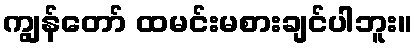
ကျွန်တော် ထမင်းမစားချင်ပါဘူး။